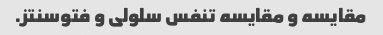
مقایسه و مقایسه تنفس سلولی و فتوسنتز.